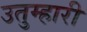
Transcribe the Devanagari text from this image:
उतुम्हारी